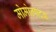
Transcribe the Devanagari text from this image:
मोमोत्पादक